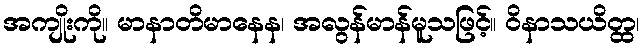
အကျိုးကို။ မာနာတိမာနေန၊ အလွန်မာန်မူသဖြင့်။ ဝိနာသယိတ္ထ၊